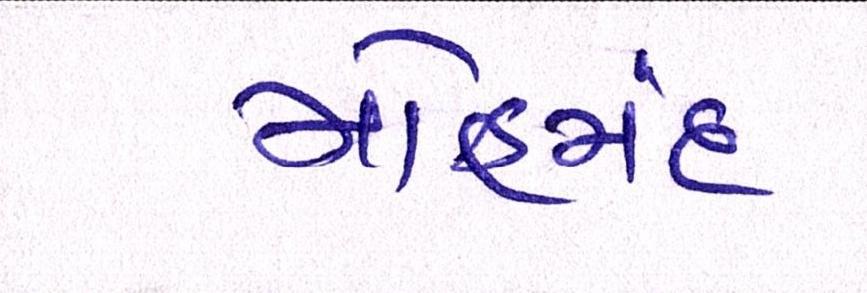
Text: મોહમંદ